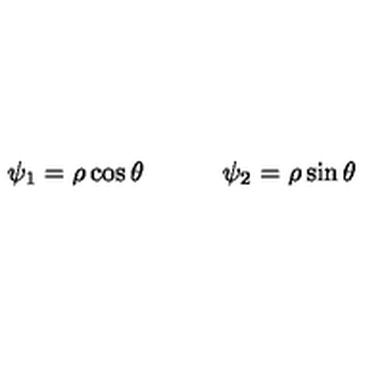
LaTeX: \psi _ { 1 } = \rho \cos \theta \qquad \quad \psi _ { 2 } = \rho \sin \theta